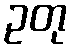
ဥတု